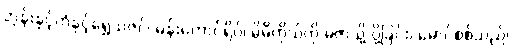
ဘုန်းနှင့်ကံနှင့်ရွှေသဇင်၊ မန်းတောင်ရိပ်၊ မိမိကိုယ်ကို မဲဇာသို့ ပို့ခြင်း၊ မောင်စစ်သည်၊